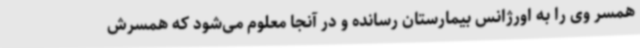
همسر وی را به اورژانس بیمارستان رسانده و در آنجا معلوم می‌شود که همسرش